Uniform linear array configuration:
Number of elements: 48
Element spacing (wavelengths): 0.25
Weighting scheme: hamming
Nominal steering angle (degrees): -45
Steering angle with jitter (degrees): -45.975
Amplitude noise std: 0.05
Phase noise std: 0.05

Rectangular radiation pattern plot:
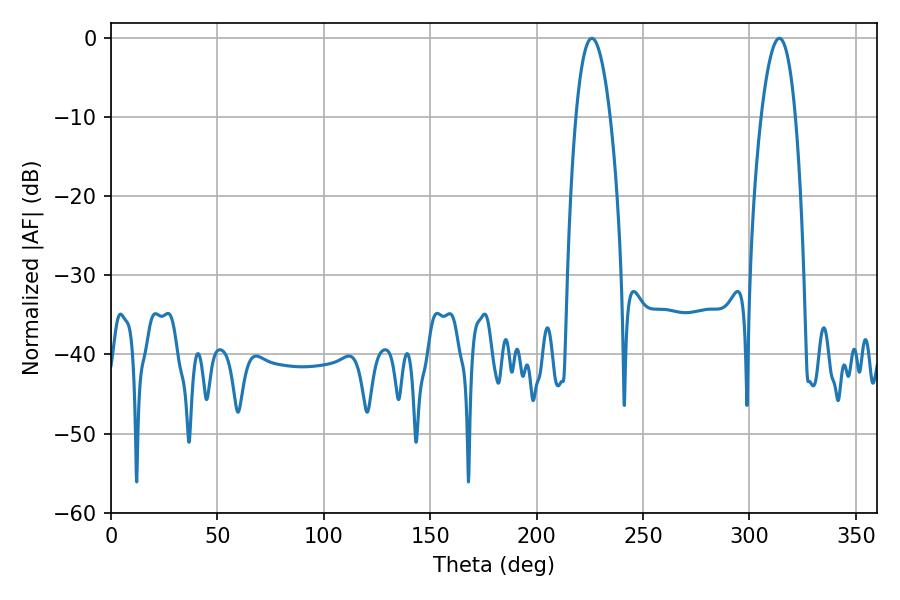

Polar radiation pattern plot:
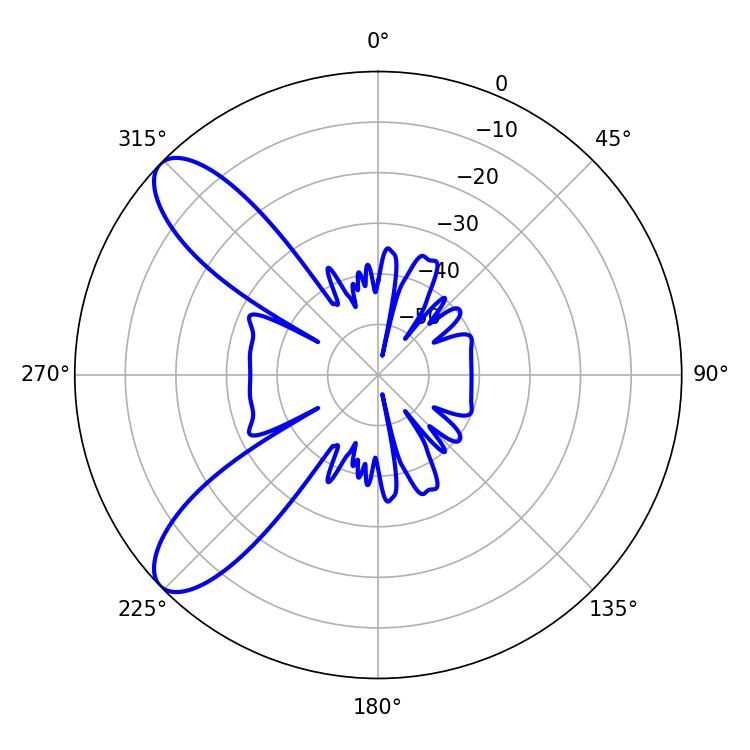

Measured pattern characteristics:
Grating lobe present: FALSE
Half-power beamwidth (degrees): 9
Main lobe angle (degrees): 225.9